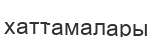
хаттамалары